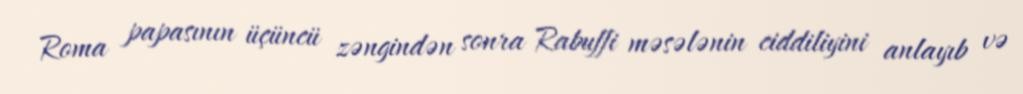
Roma papasının üçüncü zəngindən sonra Rabuffi məsələnin ciddiliyini anlayıb və